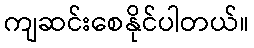
ကျဆင်းစေနိုင်ပါတယ်။